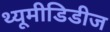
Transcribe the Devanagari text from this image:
थ्यूमीडिडीज